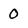
Character: 0